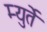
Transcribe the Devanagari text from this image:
म्युर्ते